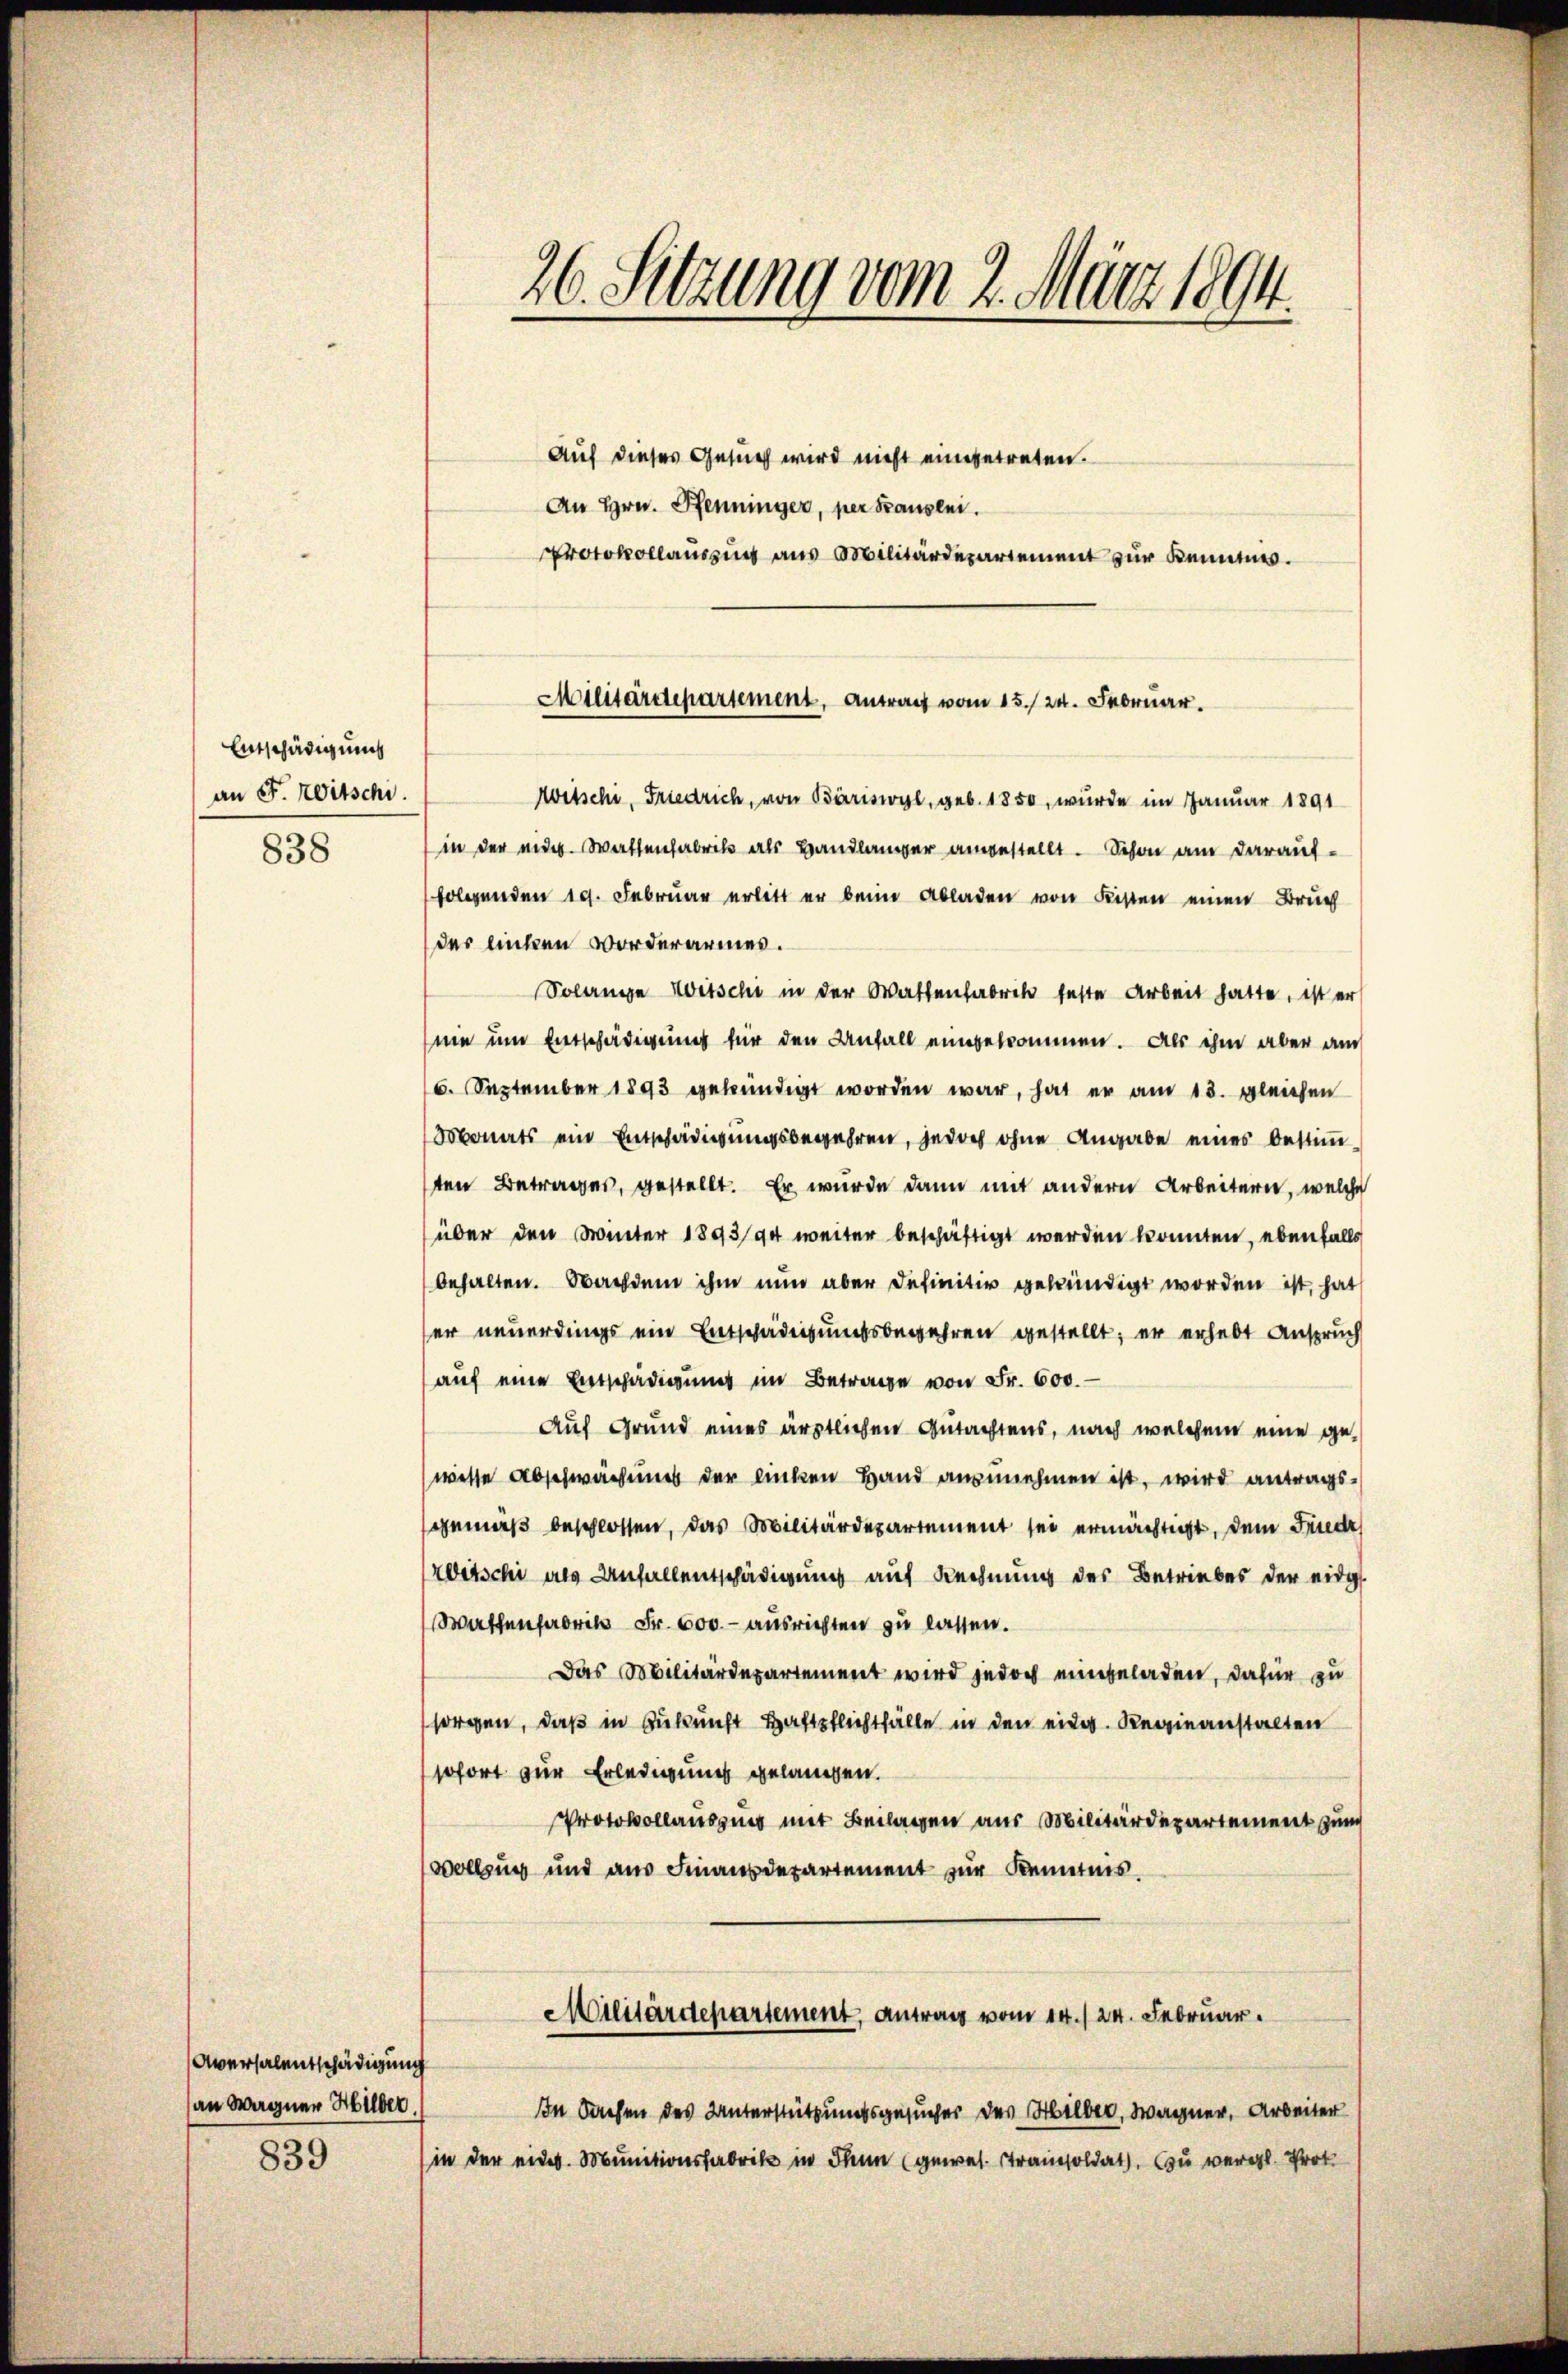
Entschädigung
an F. Witschi.
838

Aversalentschädigung
an Wagner Hilber
839

26. Sitzung vom 2. März 1894.

Witschi, Friedrich, von Bäriswyl, geb. 1850, wurde im Januar 1891
in der eidg. Wattenfabrik als Bandlanger angestellt. Schon am darauffolgenden 10. Februar erlitt er beim Abladen von Fisten einen Bruch
des linken worderarmes.
Solange Witschi in der Wattenfabrik feste Arbeit hatte, ist er
nie um Entschädigung für den Anfall eingekommen. Als ihm aber auch
6. September 1893 gekündigt worden war, hat er am 13. gleichen
Monats ein Entschädigungsbegehren, jedoch ohne Angabe eines bestimm-
ten Betrages, gestellt. Er wurde dann mit andern Arbeitern, welche
über den Winter 1893/94 weiter beschäftigt werden konnten, ebenfalls
behalten. Nachdem ihm nun aber definitiv gekündigt worden ist, hat
er neuerdings ein Entschädigungsbegehren gestellt; er erhebt Anspruch
auf eine Entschädigung im Betrage von Fr. 600.
Auf Grund eines ärztlichen Gutachtens, nach welchem eine ge-
wisse Abschwächung der linken Hand anzunehmen ist, wird antragsgemäß beschlossen, das Militärdepartement sei ermächtigt, dem Friede
Witschi als Anfallentschädigung auf Rechnung des Betriebes der eidg
Waffenfabrik Fr. 600. - ausrichten zu lassen.
Das Militärdepartement wird jedoch eingeladen, dafür zu
sorgen, daß in Zukunft Haftpflichtfälle in den eidg. Regieanstalten
sofort zur Erledigung gelangen.
Protokollausging mit Beilagen aus Militärdepartement zum
Vollzung und aus Finanzdepartement zur Kenntnis.
Militärdepartement, antrag vom 14./24. Februar.
In Sachen des Unterstützungsgesucher des Hilber, Wagner, Arbeiter
in der eider. Munitionsfabrik in dann (gewes. Tramisoldat, zu vergl. Prot

Auf dieses Gesuch wird nicht eingetreten.
An Hrn. Pfenninger, per Sauslei
Protokollauszug aus Militärdepartement zur Kenntnis.

Militärdepartement, Antrag vom 15./24. Februar.